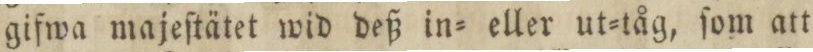
gifwa majeſtätet wid deß in= eller ut=tåg, ſom att